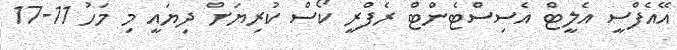
އޭއެފްސީ އެލީޓް އެސިސްޓެންޓް ރެފްރީ ކޯސް ކުރިޔަށް ދިޔައީ މި މަހު 11-17